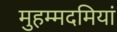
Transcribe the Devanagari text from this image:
मुहम्मदमियां